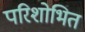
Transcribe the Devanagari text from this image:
परिशोभित